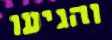
והגיעו